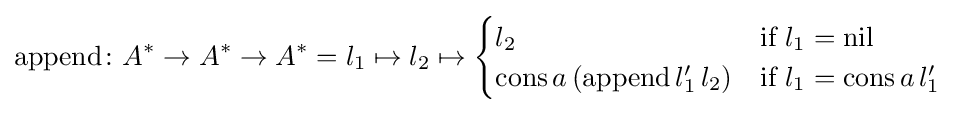
{\text{append}}\colon A^{*}\to A^{*}\to A^{*}=l_{1}\mapsto l_{2}\mapsto {\begin{cases}l_{2}&{\text{if}}\ l_{1}={\text{nil}}\\{\text{cons}}\,a\,({\text{append}}\,l_{1}'\,l_{2})&{\text{if}}\ l_{1}={\text{cons}}\,a\,l_{1}'\end{cases}}